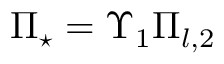
\Pi _ { \star } = \Upsilon _ { 1 } \Pi _ { l , 2 }